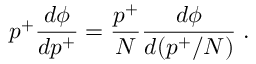
p ^ { + } \frac { d \phi } { d p ^ { + } } = \frac { p ^ { + } } { N } \frac { d \phi } { d ( p ^ { + } / N ) } \; .